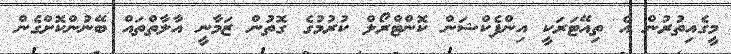
މީގެއިތުރުން އެ ތިއޭޓަރަކީ އިންފެކްޝަން ކޮންޓްރޯލް ކުރުމުގެ ގޮތުން ޒަމާނީ އާލާތްތައް ބޭނުންކޮށްގެން